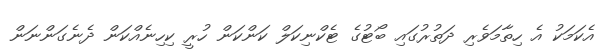
އެކަމަކު އެ ހިތާމަވެރި ދަތުރުގައި ބޯޓުގެ ޓެކްނިކަލް ކަންކަން ހުރީ ކިހިނެއްކަން ދެނެގަންނަން